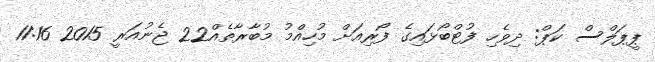
ޕީޕަލްސް ކަޕް: ދިވެހި ފުޓްބޯޅައިގެ ފޯރިއަށް މުހިއްމު މުބާރާތެއް22 ޖެނުއަރީ 2015 11:16